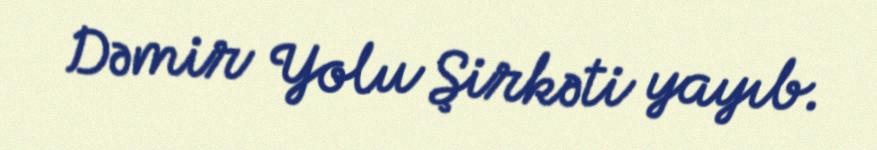
Dəmir Yolu Şirkəti yayıb.